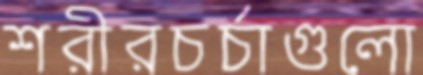
শরীরচর্চাগুলো